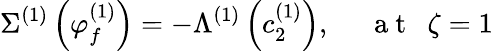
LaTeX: \Sigma^{(1)}\left(\varphi_{f}^{(1)}\right)=-\Lambda^{(1)}\left(c_{2}^{(1)}\right),~~~~~\mathrm{~a~t~}~~\zeta=1